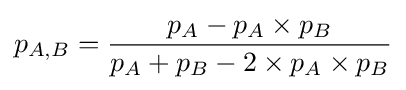
p_{A,B}={\frac {p_{A}-p_{A}\times p_{B}}{p_{A}+p_{B}-2\times p_{A}\times p_{B}}}